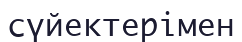
сүйектерімен